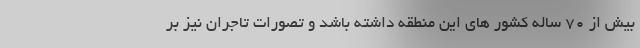
بیش از ۷۰ ساله کشور های این منطقه داشته باشد و تصورات تاجران نیز بر